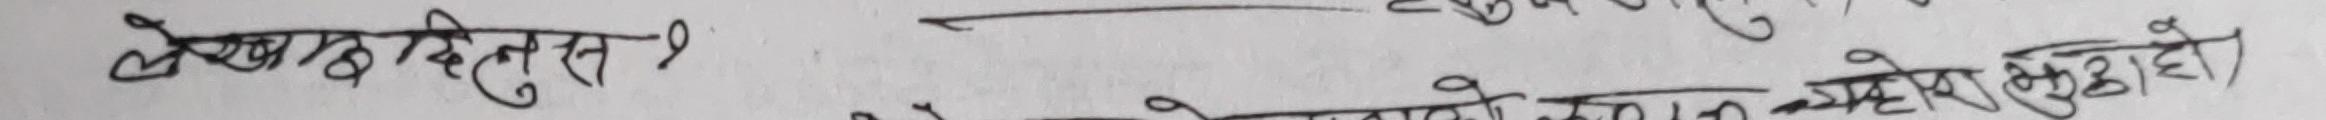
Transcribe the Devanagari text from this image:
भेन्क दिन्नुस?
एकैचोटी
जो मानिसले आफूलाई जुनसुकै अवस्थामा पनि खुसी राख्न सक्छ, त्यो मानिस संसारमा सबभन्दा सुखी हो।